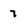
Character: 7